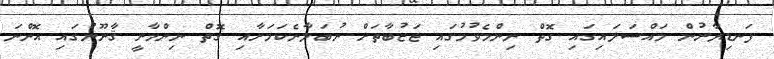
ފަނޑިޔާރުން މައްސަލައިގައި ގޮތް ނިންމެވުމުގައި ޖަޒުބާތަށް ނުބަލާނެކަމަށާއި ގޮތް ނިންމާނީ ޤާނޫނުގައި އޮންނަ